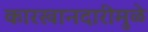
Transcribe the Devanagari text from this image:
कारखानदारीमुळे